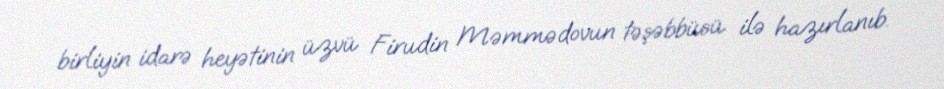
birliyin idarə heyətinin üzvü Firudin Məmmədovun təşəbbüsü ilə hazırlanıb.